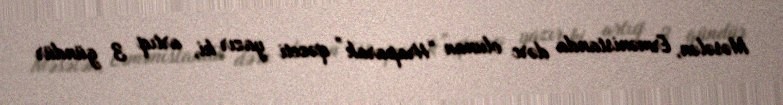
Məsələn, Ermənistanda dərc olunan “Hraparak” qəzeti yazır ki, artıq 3 gündür